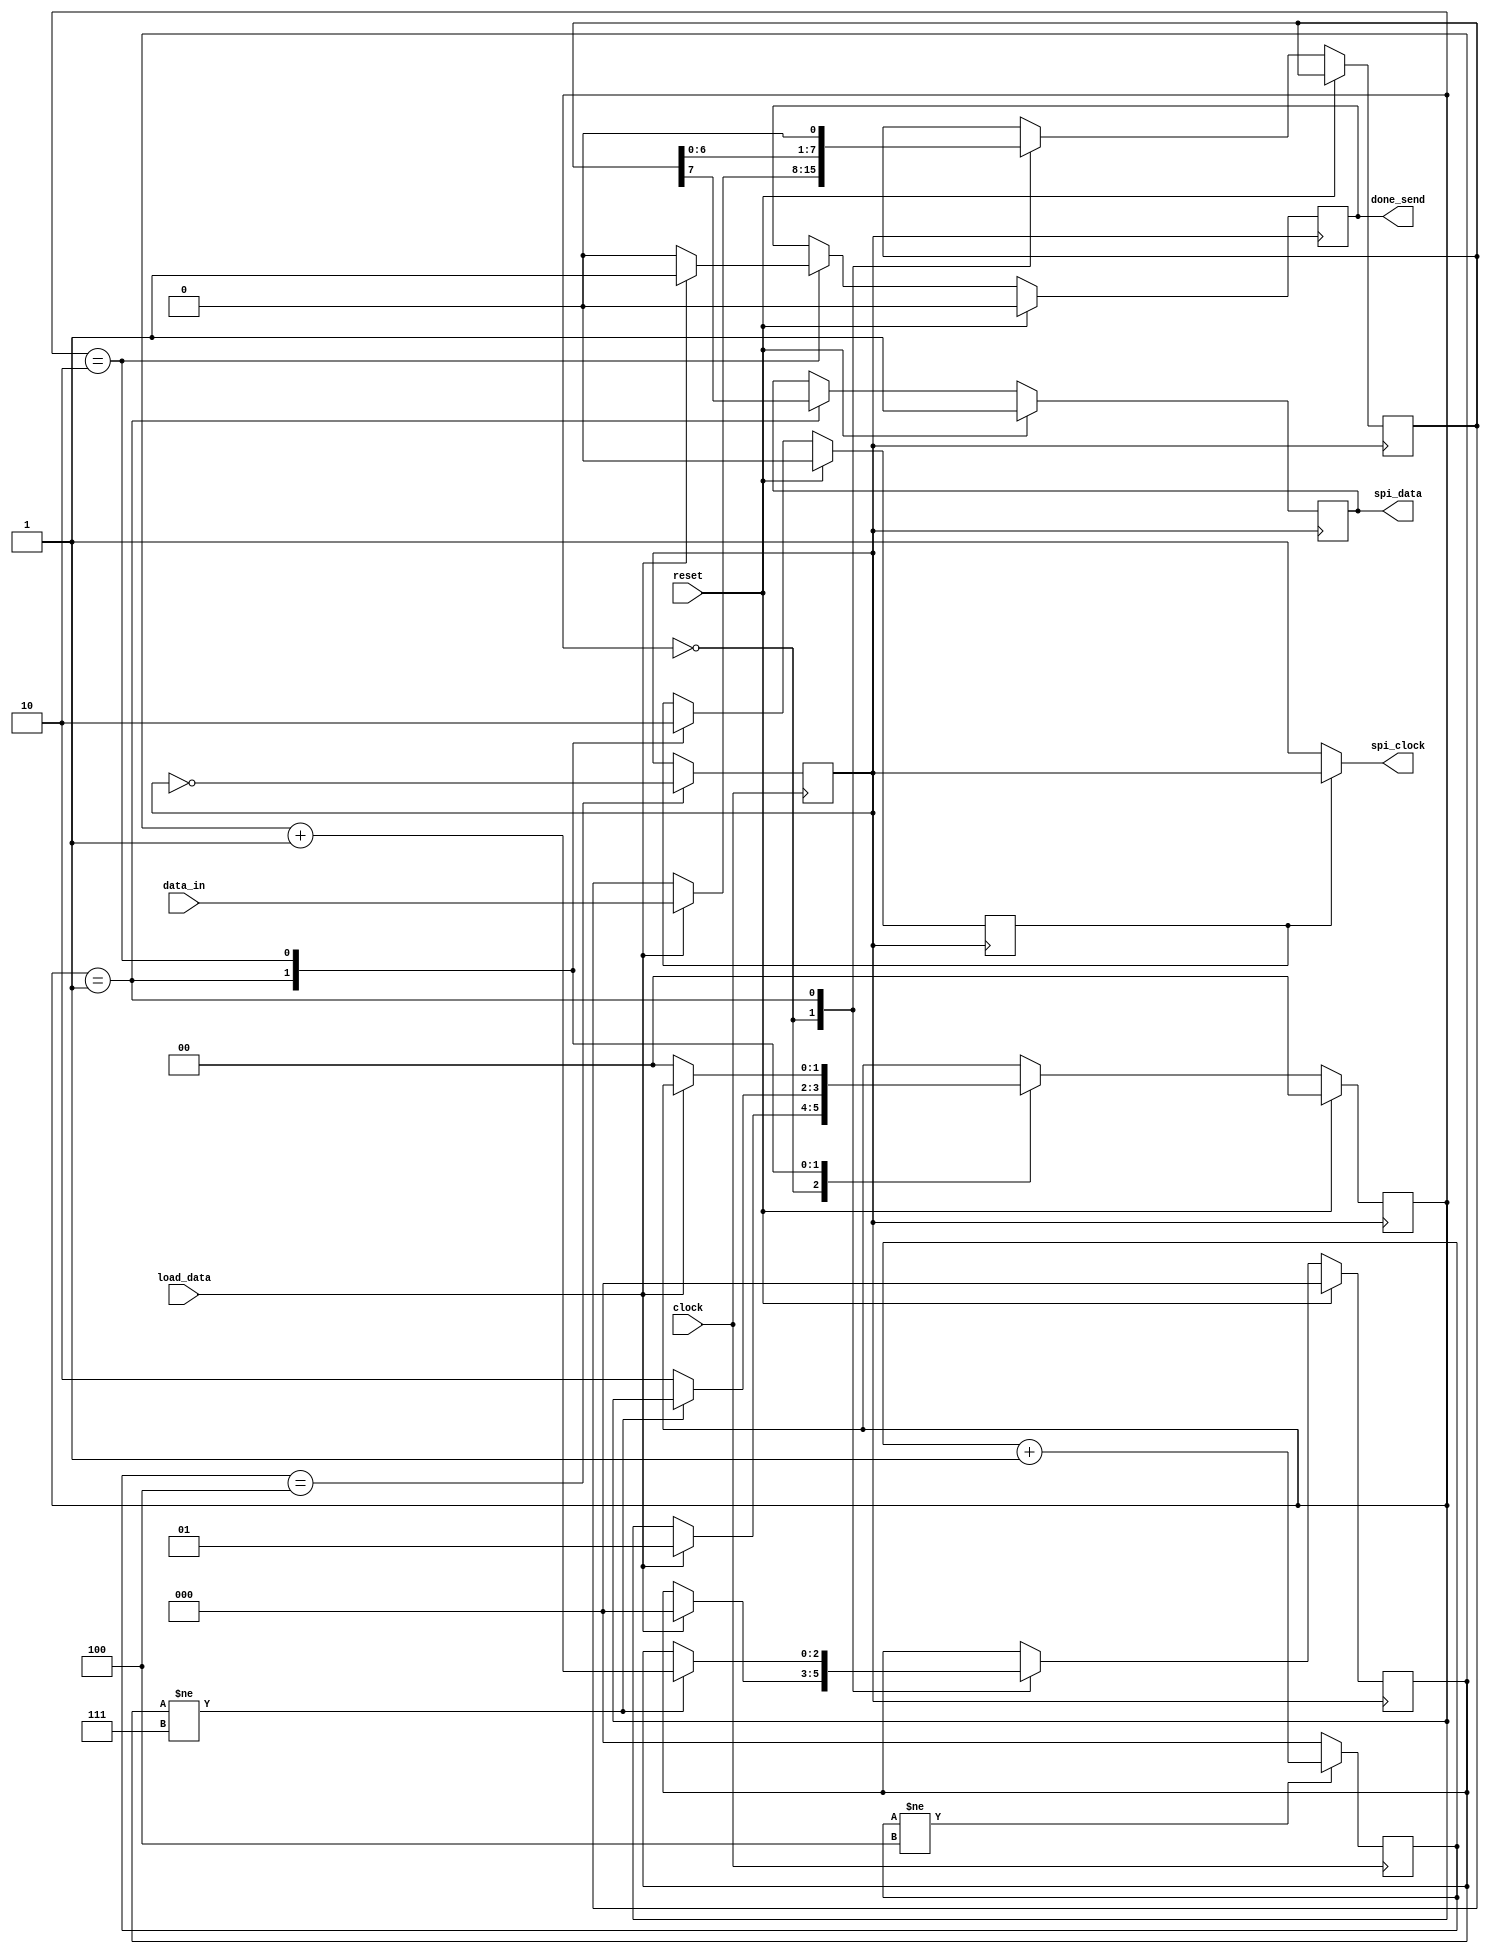
`timescale 1ns / 1ps
//////////////////////////////////////////////////////////////////////////////////
// Company: 
// Engineer: 
// 
// Design Name: 
// Module Name: spiControl
// Project Name: 
// Target Devices: 
// Tool Versions: 
// Description: 
// 
// Dependencies: 
// 
// Revision:
// Revision 0.01 - File Created
// Additional Comments:
// 
//////////////////////////////////////////////////////////////////////////////////


module spiControl(
input  clock, //On-board Zynq clock (100 MHz)
input  reset,
input [7:0] data_in,
input  load_data, //Signal indicates new data for transmission
output reg done_send,//Signal indicates data has been sent over spi interface
output     spi_clock,//10MHz max
output reg spi_data
);

reg [2:0] counter=0;
reg [2:0] dataCount;
reg [7:0] shiftReg;
reg [1:0] state;
reg clock_10;
reg CE;

assign spi_clock = (CE == 1) ? clock_10 : 1'b1;

always @(posedge clock)
begin
    if(counter != 4)
        counter <= counter + 1;
    else
        counter <= 0;
end

initial
    clock_10 <= 0;

always @(posedge clock)
begin
    if(counter == 4)
        clock_10 <= ~clock_10;
end

localparam IDLE = 'd0,
           SEND = 'd1,
           DONE = 'd2;

always @(negedge clock_10)
begin
    if(reset)
    begin
        state <= IDLE;
        dataCount <= 0;
        done_send <= 1'b0;
        CE <= 0;
        spi_data <= 1'b1;
    end
    else
    begin
        case(state)
            IDLE:begin
                if(load_data)
                begin
                    shiftReg <= data_in;
                    state <= SEND;
                     dataCount <= 0;
                end
            end
            SEND:begin
                spi_data <= shiftReg[7];
                shiftReg <= {shiftReg[6:0],1'b0};
                CE <= 1;
                if(dataCount != 7)
                    dataCount <= dataCount + 1;
                else
                begin
                    state <= DONE;
                end
            end
            DONE:begin
                CE <= 0;
                done_send <= 1'b1;
                if(!load_data)
                begin
                    done_send <= 1'b0;
                    state <= IDLE;
                end
            end
        endcase
    end
end

    
    
endmodule